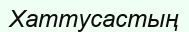
Хаттусастың